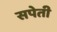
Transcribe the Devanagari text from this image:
सपेती